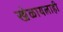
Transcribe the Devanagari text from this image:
खेळायलाही